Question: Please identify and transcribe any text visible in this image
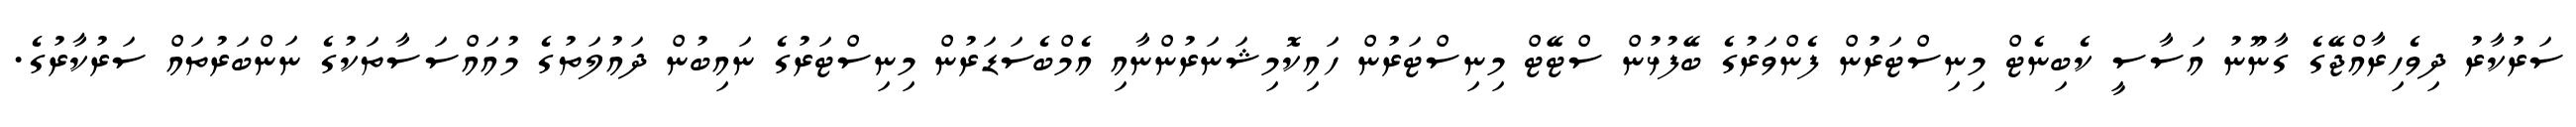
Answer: ސަރުކާރު ދިވެހިރާއްޖޭގެ ގާނޫނު އަސާސީ ކެބިނެޓް މިނިސްޓަރުން ފެންވަރުގެ ބޭފުޅުން ސްޓޭޓް މިނިސްޓަރުން ހައިކޮމިޝަނަރުންނާއި އެމްބެސަޑަރުން މިނިސްޓަރުގެ ނައިބުން ދައުލަތުގެ މުއައްސަސާތަކުގެ ނަންބަރުތައް ސަރުކާރުގެ.